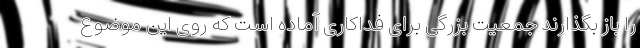
را باز بگذارند جمعیت بزرگی برای فداکاری آماده است که روی این موضوع